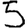
Digit: 5